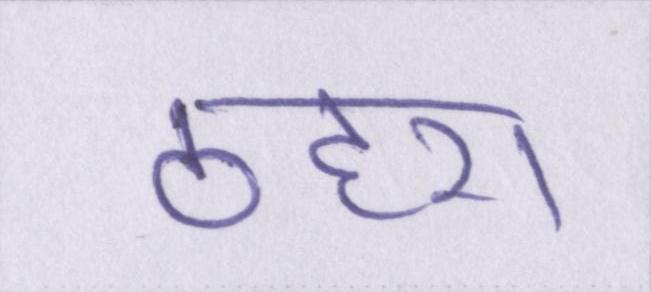
ठहरा